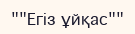
""Егіз ұйқас""